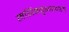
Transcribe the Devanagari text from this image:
मगिळवृक्षाखाली